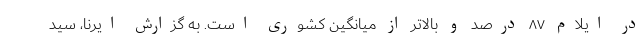
در ایلام ۸۷ درصد و بالاتر از میانگین کشوری است. به گزارش ایرنا، سید